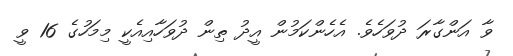
ވާ އަންގާރަ ދުވަހެވެ. އެހެންކަމުން އީދު ތިން ދުވަހާއިއެކީ މިމަހުގެ 16 ވީ